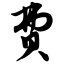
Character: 费